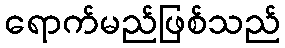
ရောက်မည်ဖြစ်သည်